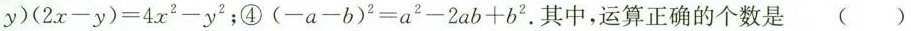
y)$$(2x-y)=4x^{2}-y^{2}$$;④$$(-a-b)^{2}=a^{2}-2ab+b^{2}$$ .其中,运算正确的个数是 ( )